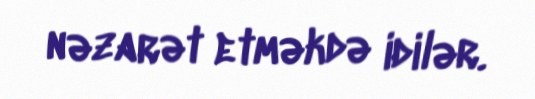
nəzarət etməkdə idilər.